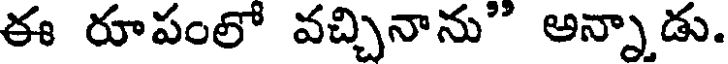
ఈ రూపంలో వచ్చినాను" అన్నాడు.